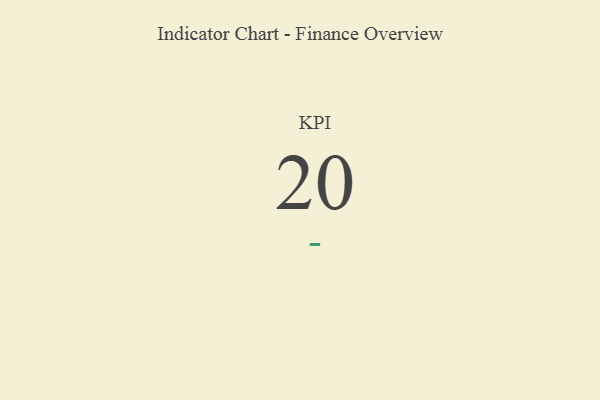
{"axis": {"x": "KPI", "y": "Value"}, "legend": [""], "data": [{"x": "KPI", "y": 20, "type": ""}]}